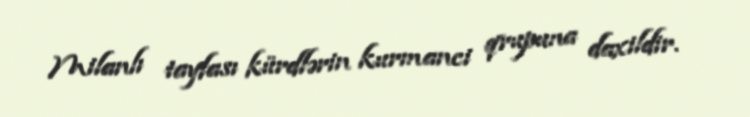
Milanlı tayfası kürdlərin kurmanci qrupuna daxildir.